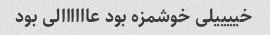
خییییلی خوشمزه بود عاااااالی بود